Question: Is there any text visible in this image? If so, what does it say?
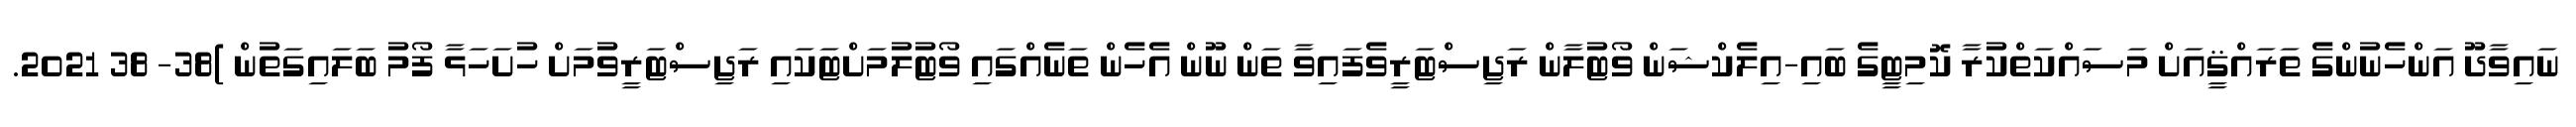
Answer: ނައިވާދޫ އަންހެނުންގެ ތަރައްޤީއަށް މަސައްކަތްކުރާ ކޮމިޓީގެ ބައި-އިލެކްޝަން ވޯޓުލާން ރަޖިސްޓަރީވެފައިވާ ތަން ނޫން އެހެން ތަނެއްގައި ވޯޓުލުމަށްޓަކައި ރަޖިސްޓަރީވުމަށް ހުށަހަޅާ ފޯމު ބަލައިގަތުން )38- 38 2021.